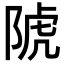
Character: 䖎